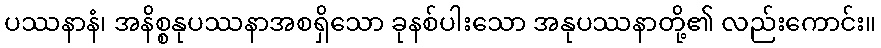
ပဿနာနံ၊ အနိစ္စနုပဿနာအစရှိသော ခုနစ်ပါးသော အနုပဿနာတို့၏ လည်းကောင်း။